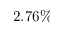
2 . 7 6 \%